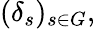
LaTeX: (\delta_{s})_{s\in G},